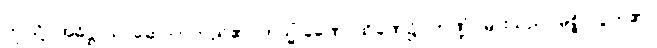
ဤသို့။ အဓိဋ္ဌာသိ၊ ဆောက်တည်၏။ တသ္မိံ ခဏေ၊ ထိုခဏ၌။ ကဏ္ဍံ၊ မြားသည်။ မုစ္စိ၊ လွတ်၏။